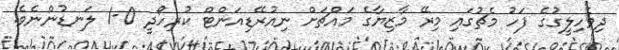
ދިވެހިލީގުގެ ފަހު މެޗުގައި މިރޭ މާޒިޔާގެ މައްޗަށް ނިއުރޭޑިއަންޓް ކުރިހޯދީ 0-1 ލަނޑުންނެވެ.